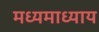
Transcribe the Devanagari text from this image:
मध्यमाध्याय